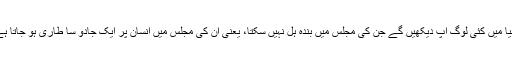
دنیا میں کئی لوگ آپ دیکھیں گے جن کی مجلس میں بندہ ہل نہیں سکتا، یعنی ان کی مجلس میں انسان پر ایک جادو سا طاری ہو جاتا ہے۔